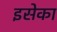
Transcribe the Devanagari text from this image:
इसेका